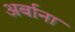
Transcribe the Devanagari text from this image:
अर्बाना